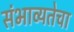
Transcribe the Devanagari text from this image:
संभाव्यतेचा